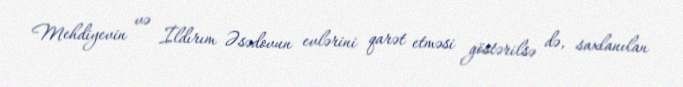
Mehdiyevin və İldırım Əsədovun evlərini qarət etməsi göstərilsə də, saxlanılan